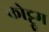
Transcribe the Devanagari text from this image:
कोट्टूम